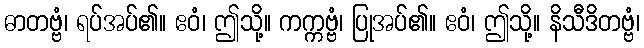
ဓာတဗ္ဗံ၊ ရပ်အပ်၏။ ဧဝံ၊ ဤသို့။ ကက္ကဗ္ဗံ၊ ပြုအပ်၏။ ဧဝံ၊ ဤသို့။ နိသီဒိတဗ္ဗံ၊